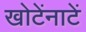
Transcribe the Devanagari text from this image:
खोटेंनाटें